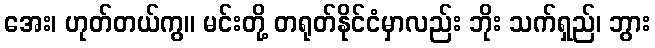
အေး၊ ဟုတ်တယ်ကွ။ မင်းတို့ တရုတ်နိုင်ငံမှာလည်း ဘိုး သက်ရှည်၊ ဘွား